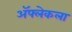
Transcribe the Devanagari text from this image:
ॲफ्लेकला